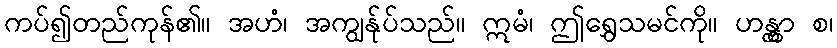
ကပ်၍တည်ကုန်၏။ အဟံ၊ အကျွန်ုပ်သည်။ ဣမံ၊ ဤရွှေသမင်ကို။ ဟန္တွာ စ၊